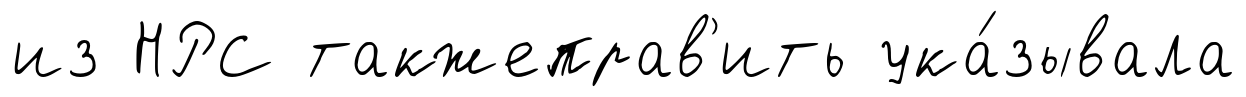
из НРС такжеправ'ить ука́зывала